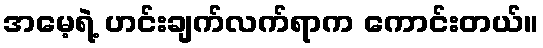
အမေ့ရဲ့ ဟင်းချက်လက်ရာက ကောင်းတယ်။